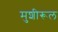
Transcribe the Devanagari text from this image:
मुशीरूल